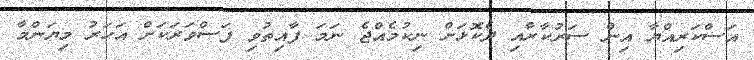
އަސްކަރިއްޔާ އިން ސަރުކާރާއި ދެކޮޅަށް ނިކުމެއްޖެ ނަމަ ފާއިތުވި ފަސްވަރަކަށް އަހަރު މިޔަންމާ